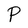
Character: P